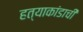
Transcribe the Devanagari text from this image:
हत्याकांडाची